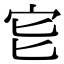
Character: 𡧏